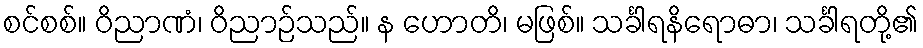
စင်စစ်။ ဝိညာဏံ၊ ဝိညာဉ်သည်။ န ဟောတိ၊ မဖြစ်။ သင်္ခါရနိရောဓာ၊ သင်္ခါရတို့၏